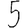
Digit: 5